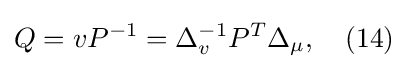
Q=vP^{-1}=\Delta _{v}^{-1}P^{T}\Delta _{\mu },\quad (14)